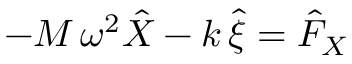
- M \, \omega ^ { 2 } \hat { X } - k \, \hat { \xi } = \hat { F } _ { X }